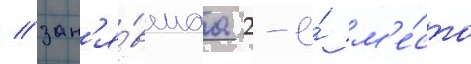
/ зан'я́вшаа 2-е́ м'е́сто